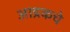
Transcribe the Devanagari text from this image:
आद्रकचे